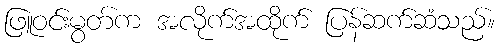
ဖြူဝင်းမွတ်က အလိုက်အထိုက် ပြန်ဆက်ဆံသည်။